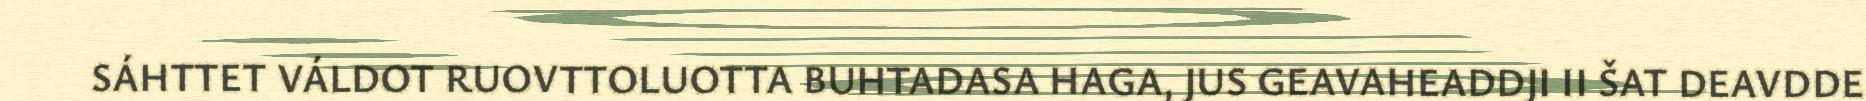
SÁHTTET VÁLDOT RUOVTTOLUOTTA BUHTADASA HAGA, JUS GEAVAHEADDJI II ŠAT DEAVDDE